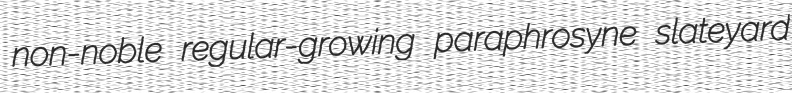
non-noble regular-growing paraphrosyne slateyard